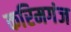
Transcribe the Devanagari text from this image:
करिमगंज